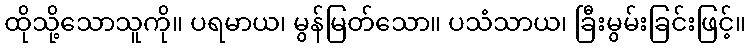
ထိုသို့သောသူကို။ ပရမာယ၊ မွန်မြတ်သော။ ပသံသာယ၊ ခြီးမွမ်းခြင်းဖြင့်။